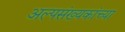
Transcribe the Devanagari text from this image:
अल्पसंख्यकांच्या